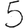
Digit: 5